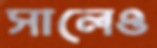
সালেও